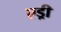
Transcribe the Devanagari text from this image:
एड्री